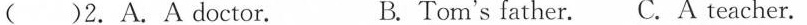
()2.A.A doctor. B. Tom's father.C. A teacher.